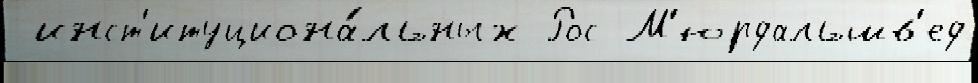
 инст'итуциона́льных Рос М'юрдальшв'ед